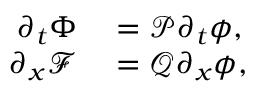
\begin{array} { r l } { \partial _ { t } \Phi } & { { } = \mathcal { P } \partial _ { t } \phi , } \\ { \partial _ { x } \mathcal { F } } & { { } = \mathcal { Q } \partial _ { x } \phi , } \end{array}